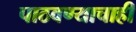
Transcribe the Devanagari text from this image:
पाठवण्याचाही